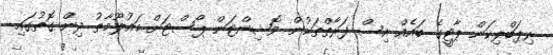
ރިޕަބްލިކަން ޕާޓީގެ ބައެއް އިސް ފަރާތްތަކުން ވޮޝިންޓަން ޕޯސްޓަށް މައުލޫމާތު ދިން ގޮތުގައި